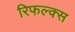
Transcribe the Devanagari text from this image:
रिफल्क्स